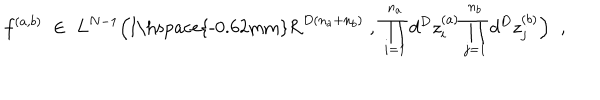
f ^ { ( a , b ) } \; \in \; L ^ { N - 1 } \Big ( \mathrm { I \hspace { - 0 . 6 2 m m } R } ^ { D ( n _ { a } + n _ { b } ) } \; , \; \prod _ { i = 1 } ^ { n _ { a } } d ^ { D } z _ { i } ^ { ( a ) } \prod _ { j = 1 } ^ { n _ { b } } d ^ { D } z _ { j } ^ { ( b ) } \Big ) \; \; ,